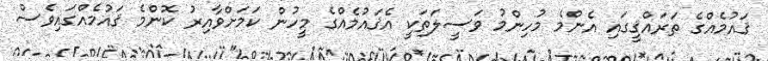
ޤައުމެއްގެ ތަރައްޤީގައި އެންމެ މުހިންމު ވަސީލަތަކީ އެޤައުމެއްގެ މީހުން ކަމަށްވާއިރު ކޮންމެ ޤައުމެއްގައިވެސް